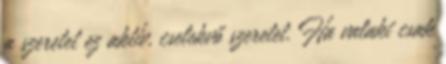
a szeretet ez aktív, cselekvő szeretet. Ha valaki csak